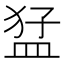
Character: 𭸒